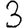
Digit: 3